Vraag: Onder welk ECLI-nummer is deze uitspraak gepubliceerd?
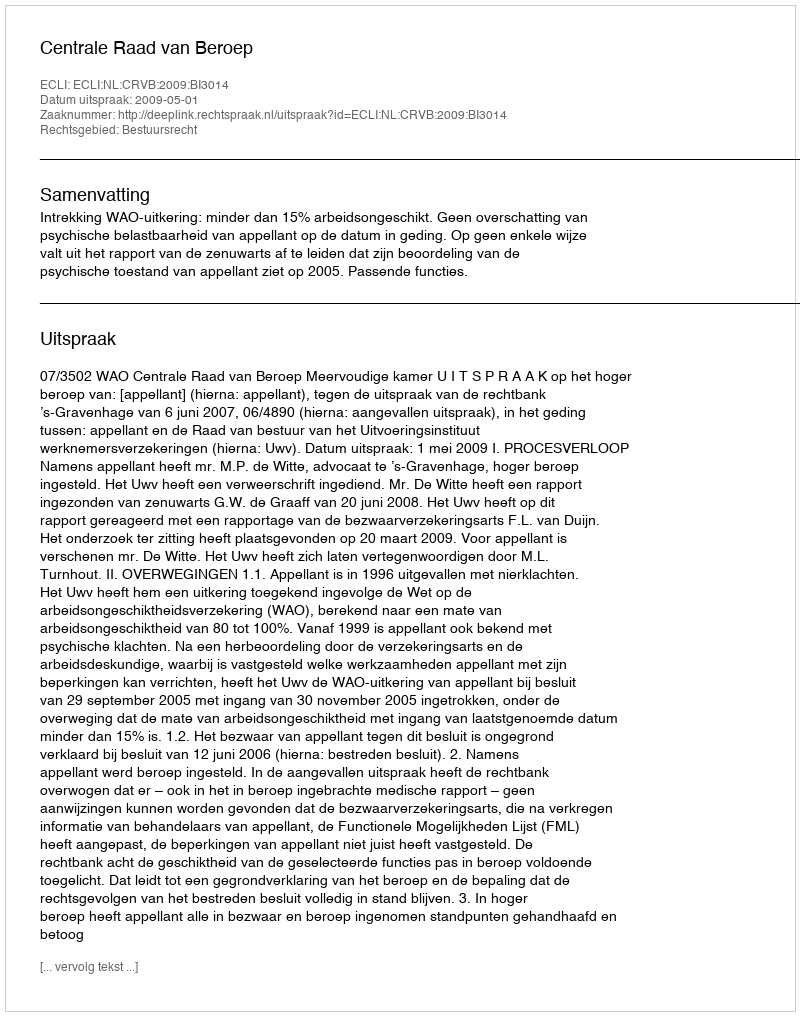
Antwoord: ECLI:NL:CRVB:2009:BI3014